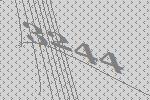
3244